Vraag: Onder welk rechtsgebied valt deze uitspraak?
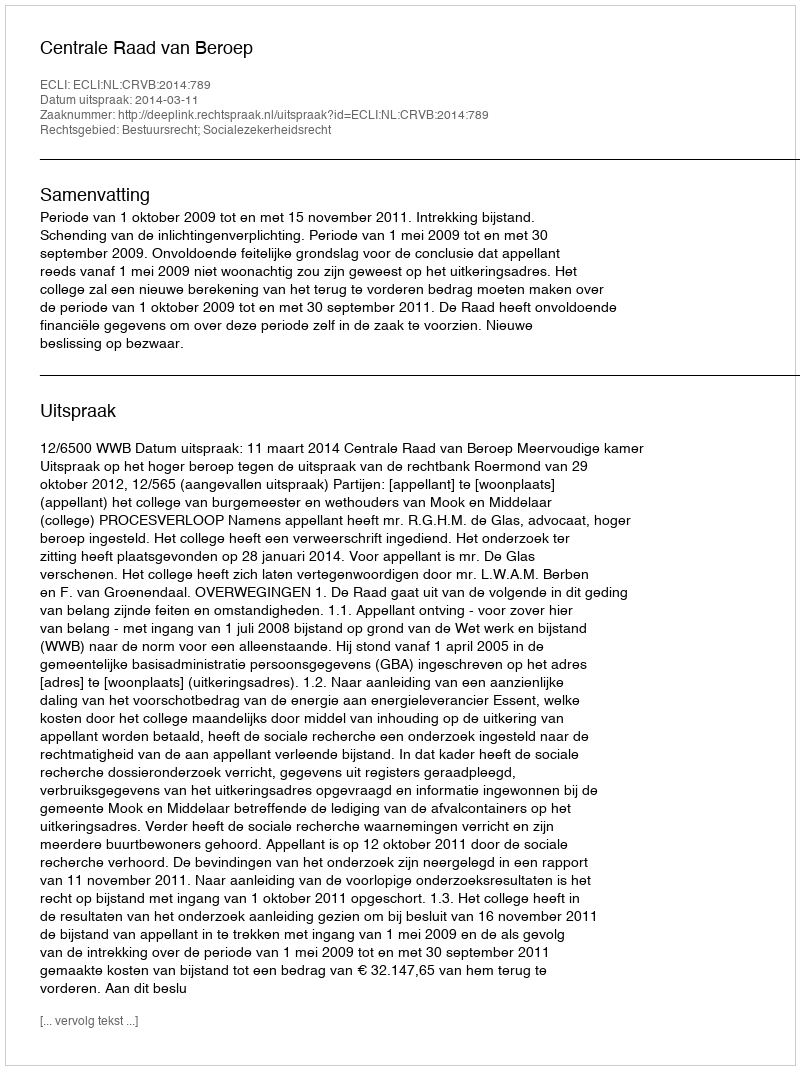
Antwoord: Bestuursrecht; Socialezekerheidsrecht